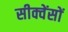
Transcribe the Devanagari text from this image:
सीक्वेंसों